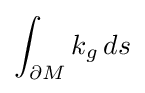
\int _{\partial M}k_{g}\,ds